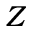
Z